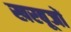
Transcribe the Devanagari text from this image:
खरबूजों